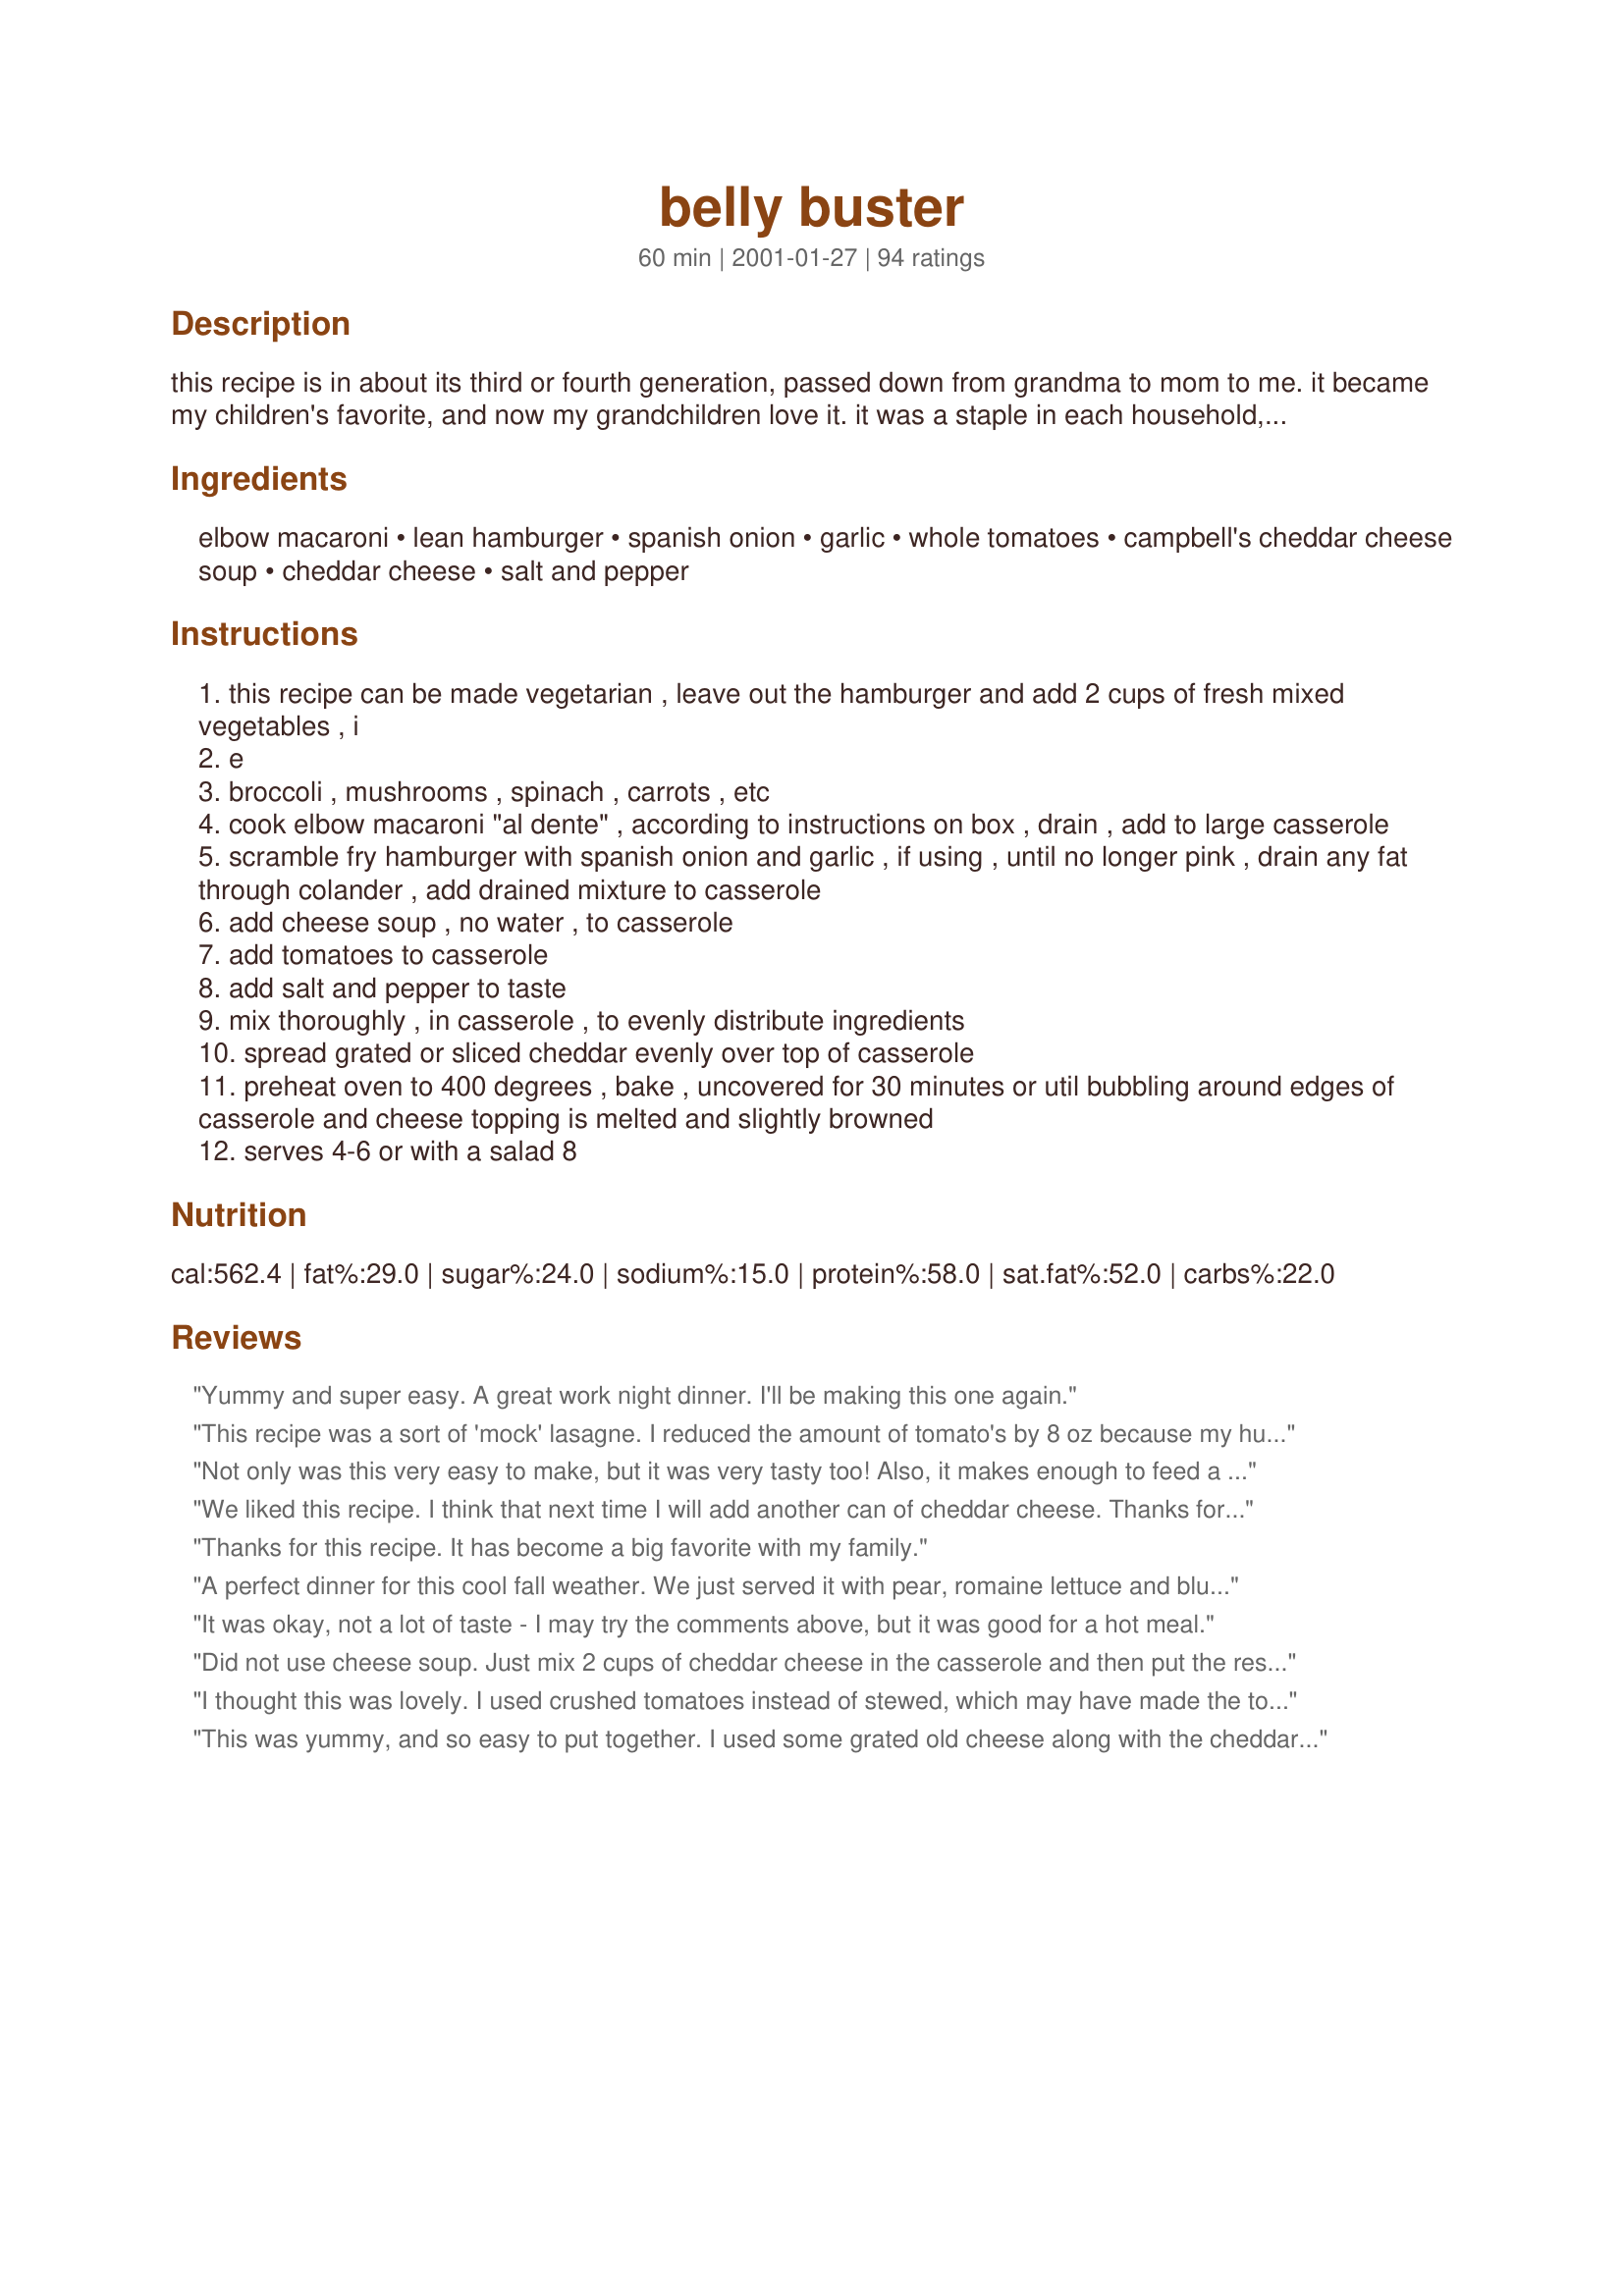
belly buster
Preparation time: 60 minutes

this recipe is in about its third or fourth generation, passed down from grandma to mom to me. it became my children's favorite, and now my grandchildren love it. it was a staple in each household, with or without the hamburger. the children named it

Ingredients:
elbow macaroni, lean hamburger, spanish onion, garlic, whole tomatoes, campbell's cheddar cheese soup, cheddar cheese, salt and pepper

Steps:
this recipe can be made vegetarian , leave out the hamburger and add 2 cups of fresh mixed vegetables , i
e
broccoli , mushrooms , spinach , carrots , etc
cook elbow macaroni "al dente" , according to instructions on box , drain , add to large casserole
scramble fry hamburger with spanish onion and garlic , if using , until no longer pink , drain any fat through colander , add drained mixture to casserole
add cheese soup , no water , to casserole
add tomatoes to casserole
add salt and pepper to taste
mix thoroughly , in casserole , to evenly distribute ingredients
spread grated or sliced cheddar evenly over top of casserole
preheat oven to 400 degrees , bake , uncovered for 30 minutes or util bubbling around edges of casserole and cheese topping is melted and slightly browned
serves 4-6 or with a salad 8

Reviews:
Yummy and super easy. A great work night dinner. I'll be making this one again.
This recipe was a sort of 'mock' lasagne. I reduced the amount of tomato's by 8 oz because my husband is sensitive to them. I added a can of olives, and some parmessan cheese. I added some shredded jack cheese in with the meat, onions, etc. Then I cooked the casserole for 20 minutes, then added slices of White American cheese on the top, and cooked it for an additional 10 minutes so the cheese could melt. All in all, it passed the 'family test'. Thank you! 
 Lea Evans
Not only was this very easy to make, but it was very tasty too! Also, it makes enough to feed a small army! You can't beat that! We'll definately be having this again!
We liked this recipe. I think that next time I will add another can of cheddar cheese. Thanks for sharing.
Thanks for this recipe. It has become a big favorite with my family.
A perfect dinner for this cool fall weather. We just served it with pear, romaine lettuce and blue cheese salad and Mexican corn. What a treat. Derf, Thank you for posting this yummy recipe.
It was okay, not a lot of taste - I may try the comments above, but it was good for a hot meal.
Did not use cheese soup. Just mix 2 cups of cheddar cheese in the casserole and then put the rest of the cheese on top. Excellent. Plenty to go around. A lot of room to customize. Thank you.
I thought this was lovely. I used crushed tomatoes instead of stewed, which may have made the tomatoe flavour over powering. My husband said it could use a little more pizazz, and suggested I put some Italian Seasoning in next time. I''ll try it with Velveeta instead of cheese soup next time for a stronger flavour.
This was yummy, and so easy to put together. I used some grated old cheese along with the cheddar cheese soup. I used a 19 oz can of Almer Accents tomatoes and a little bit of tomato paste that I had in the freezer. I will definitely make this again. Thanks Derf for a great recipe.
Sounded a lot like my "Hamburger and Macaroni Bake" and even though my family likes that recipe a lot, I am always willing to try new recipes in search of something better. Although a bit different in ingredients, they were equally good. When I asked my kids which one they wanted me to fix from now on they said "both". It was a belly buster--it made a large quantity and they all went back for seconds!
I wasn't sure we were going to like it, but it was so fast and easy, I knew it would get made at some point.

AMAZING! I went back for seconds an hour after dinner because it was just so tasty! I definitely used the onion and garlic (max amounts on both), and then because we didn't have the cheese soup, melted a pound of velveeta in the microwave as substitute. I then also used 2 ~14 oz cans of stewed tomatoes, and topped the casserole with more slices of velveeta (why not - it was open!) This casserole is now on my list of total guilty pleasures, Thank you!
My children love this...the name alone cracks them up ! We have found it makes quite a lot, and the leftovers tend to get kinda starchy and pasty, so we add some salsa or spaghetti sauce when we reheat the next day.
I was so looking forward to having my family enjoy this, but I must say I was extremely disappointed. The one can of soup didn't seem to do much to flavor the elbow noodles enough. I just didn't feel that there was much flavor except for the cheese on top, which was the only part that everyone seemed to enjoy. Sorry Derf, but this one was not a winner in my family.
We used 1 lb of Dreamfield's elbows because they are carb controlled. 2 lbs of hamburger ( we have a big family ). We used 2 Tbsp minced garlic , We used 1/4 C red onion. we used 2 14 oz cans diced tomatoes that were spiced with onion, garlic and oregano. We used 1 10 and 3/4 oz can cream of mushroom soup because its what we had on hand. We used 1/2 Packet mild taco seasoning. We used about 1 C of shredded cheese that we mixed into the soup , taco seasoning and tomato mixture. Then we topped it with what ever amount of cheese it took to cover the casserole ( 9 x 13 ). We mixed the tomatoes , taco seasoning and 1 C shredded cheese in a mixing bowl , we placed the elbows into the casserole dish , then added the hamburger , mixed to combine and added the tomato mixture. We baked it at 350 for 30 minutes.

This was a great quick casserole Thank you :)
Wow, this is a great "Oh crap, I don't know what to make for dinner" meal. It is almost like a homemade hamburger helper. My husband always wants me to make that stuff, but I am not a big fan of the store brand, but I am of this. Instead of whole stewed tomatoes I used a can of diced tomatoes with green chiles. It gave it a slight kick that was extra tasty. Thanks for posting this tasty recipe!
I love your recipes Derf, they are so easy to convert to vegetarian. I used mexi soy crumbles in place of the hamburger, added 1/4 jar of salsa, 1 cup of corn, and jalapeno for some heat. HUGE hit around here. Thanks for this one.
This was ok... It seems to me like a home made version of hamburger helper... Sorry. OTherwise .. It was good.,
 This is the first I have made this super casserole and since you gave several options for the ingredients I will list what I put in it: Whole wheat macaroni, 1 lb hamburger, i spanish onion, 3 cloves garlic 1 14 oz can Italian stewed tomatoes, Campbells Cheddar cheese soup, aged cheddar cheese some sliced and some grated 1 tsp hot pepper flakes. I placed sliced cheese on top with spaces between and then sprinkled grated over the spaces The casserole is excellent. This recipe filled a 9"x13"x2"pan and made 6 Belly buster servings (I have frozen 5).I remember when you posted this (I think it was one of your first recipes) and it hit the top of the charts for weeks -I don't know where all the 5 star reviews went but I know there were at least 100 reviews. well deserved too. Thanks Derf for a great casserole recipe -- posted Apr 11, 2004, 4 members found this helpful

Additional comments _ I made this recipe with chicken and it is equally as good enjoyed by all Thanks again Derf

I made a few changes to this recipe. We don't really care for big chunks of tomatoes so I used a 14oz can of petite diced tomatoes & 8oz can tomato sauce. After mixing everything together to bake I tasted it. It was rather bland & it didn't have enough sauce. I added cayenne pepper, cumin, paprika, a dash of cinnamon, & more salt & pepper. I had a half a jar (7oz) of pizza sauce leftover in the fridge so I threw that in also. It tasted pretty good before I put it in to bake. Once out of the oven I found that the noodles cook even more & were now overdone. (I hate overdone, slimy noodles.) It kind of ruined the whole dish for me. Everybody else thought it tasted ok. I doubt if I will make this dish again.
This was great Dorothy, I've been wanting to make this for a long time but we cant buy the cheddar cheese soup here..well guess what!! I brought a can back with me from my time recently spent in Canada. I used small shell pasta and stewed my own tomatoes, very tasty family meal, thanks for sharing. :)
This was an easy and tasty dinner that all the kids and adults liked. I added the full 4 cups of grated extra sharp cheddar and used a can of diced tomatoes in place of the whole tomatoes. It made a HUGE amount which was good because we were able to fill our bellies to bustin' and still had leftovers for lunch the next day.Great recipe! Thanks!-HK
Good recipe! Added 4 oz of mushrooms, did everything else the same. Next time I won't bake it for 30 minutes, b/c it got a little crunchy around the edge, which was my own fault. :) Thanks for the recipe!
It was O.K.
A true comfort food that is delicious. A great place for kids to start and a budget stretcher too!
This was a simple, easy to follow and tasty recipe. I followed it using all of the recommended ingredients, and overall my family enjoyed it a lot. One person thought it was "bland, but edible"...and then they had thirds! Everyone else said they loved it, and also had seconds and thirds. I will certainly be making this again, but will experiment with other ingredients to add to give it some extra "kick".
Very good. We called our son to take the leftovers. I used a very sharup cheddar to place over the top of the casserole and me and husband really liked that. Thanks for posting.../denise in NH
This was perfect for my DD. We mostly eat vegetarian so I didn't use any meat. I added black beans instead of veggies. I also used onion & garlic powder. It was great! Thank you!
This is fast, easy and great! Thanks!
Quick and Easy!
I am a college student, so I don't have a lot of money to spend on food. I made this recipe because the ingredients were cheap and easy to find and I planned on eating it all week. I loved it! It's delicious, easy to make, easy to reheat, and cheap. The cheese sauce really made it good. I substituted garlic powder for the garlic cloves and used ground turkey instead of ground beef. I will definitely be making this again.

I have a picture tutorial of this recipe on my blog: http://www.dreamindomestic.com/2009/10/12/revamping-recipes-belly-buster/
After reading everyone&#039;s posts, and hearing that some felt this main dish was bland tasting, I decided to kick this dish up a notch, so I used a mild Italian sausage in place of the hamburger, and boy did that really give this main dish lots of flavor. Also when making this... I decreased the elbow macaroni to 12 ounces, and used a 1/4 cup of yellow diced onion, plus I used 1-1/2 teaspoons of jarred minced garlic, also used 1-(14.5 oz.) can of plain/regular diced tomatoes, and 1-(14.5 oz.) can Del Monte Diced Tomatoes with Garlic &amp; Onion (in place of the 28-oz. can of whole tomatoes). After I browned the sausage, onion and garlic, (and draining off any excess grease), I then heated the meat, tomatoes, and soup all together in the same skillet while I cooked the macaroni. And once the soup was incorporated into the meat/tomato mixture, I then added 1-cup of shredded (sharp) cheddar cheese, and stirred till the cheese was all most mixed in, but not completely melted in. After I added the meat/tomato mixture and the macaroni into a 4-quart baking dish, I topped the casserole with 1-cup of the shredded cheese. I loved how the cheese on top the casserole, was a bit crusty after it baked in the oven. I really liked how this main dish turned out, and will make it again, but next time, I will make this using ground beef, probably use stewed tomatoes, and a can of Campbell&#039;s Fiesta Nacho Soup. The possibilities in making this main dish are endless!!
This definately feeds more than six. It was very easy to make, the taste was okay, filling, you can easily add any other ingredients you like. So overall it's a good recipe, you just need to add more ingredients to add more flavor.
We made the vegetarian kind and it was pretty good. The whole family agreed it needed to stay on the dinner rotation list. Thanks for the yummy recipe!
Made this for dinner tonight. My family loved it. The only thing I did different was to add garlic powder to the finished product.
Thank you for the recipe.
I've made this recipe at least two dozen times. Simple and delicious! Its my toddler's favorite dish and my husband loves it too! It tastes similar to Hamburger Helper, only a lot healthier. I use cherry (baby tomatoes) and cut them in half (so they don't explode when you poke your fork into them), instead of stewed tomatoes. I find it tastes fresher! This recipe is worth giving a try, especially if you have picky eaters!
Wow,this is even better than I expected.I am so tired of the same old Goulash dish.I think the tomato soup in most of those recipes is the culprit.Even though this recipe has most of the same ingredients it is excellent.I love the tomatoes in this,it is so much better than soup.
I only had about 1 cup of shredded cheese and it was plenty.This is a keeper for sure.
Very easy, very tasty recipe. These are the changes I made: left out the onion and garlic ( I didn't have any on hand) I used a can of diced tomatoes with oregano and basil, and I added two cans of cheese soup rather than one. It made a LOT. Which was great, its given me and dh lunch for a few days. Thanks for the post!
I tried the casserole with broccoli cheese soup. I think it added to the recipe.
I couldn't agree more; it has always been a favorite of my family.
I used Monterrey Jack and Sharp Cheddar cheese and an little more garlic in the dish. It gave it a much improved taste and I sprinkled a tablespoon of dill over top and melted it in with the cheeses. Yummy!
My oldest son at it but my little one wouldn't. I used fresh tomatoes instead of canned and I added grated cheese in with the cheese soup because it seemed very dry while mixing. It also seemed to need some type of seasoning or something because it was very bland.
Unfortunately, my kids didn't really like it. The adults did though. It is easy and good. I am going to try it again (2-3 times) and see if it was just the kids' moods that day. We really thought it was yummy.
We thought this recipe was better then some of the other reviews that were given. But I fixed it using 12 ozs of REAL CHEDDER CHEESE grated.
This is a great dish to make with things probably already in the pantry, and its easy to make. Great comfort food. We found it was a little bland, and not really enough of the sauce to cover the noodles. The best bites were those with the cheese topping. Maybe a shallower dish would give more cheesy topped bites per serving for next time. Definitely not a bad dish, maybe didn't suit our tastes well.
I made this last night for dinner for the family. It was extremely easy to make and tasted great. This is definitely becoming a family favorite. I made the incorrect assumption that there would be enough left over for me to bring some to work for lunch today. I didn't realize how much my brother could eat until I watched him go back for 3rds.
I thought it was a bit boring. Instead of the cheese soup, i made a sauce from velveeta, chicken broth and hotsauce. Also, i used a can of chili-ready diced tomatoes. I think ill add salsa and another can of chili-ready next time. If i had jalapenos, i wouldve added them. I wish i could think of more STUFF to put in this! This has some potential to be a college kid's dream recipe. Ill try this again. Thanks for posting!
We will make this again. It was enjoyed by all. I just added some velvetta cheese sauce with jalapenoes in it and I added 1/4 c Salsa. Excellent thank you!
This was easy and cheap and filling, but it was also extremely bland. We did sub cheese for the cheese soup (as canned soup is too salty for us), but this was so very bland that I think I may try it with the soup and see how that goes (maybe a flavored cheeses soup, like fiesta?). DH (who was cooking tonight) accidentally added too much pasta, which may have contributed, though he also added some more tomatoes and cheese to make up for it. Overall, it was a good, easy, hot dinner. The recipe seems very tweakable, so I'm sure it'll become a regular cold-weather weeknight supper dish. I would recommend this recipe, but I'd also suggest adding some seasoning of some sort, though--Italian herbs, taco spice, chili powder, or something--to give it a little more flavor. Also, a tip: it really doesn't work too well to mix it in the casserole--it's much easier just to mix it in the pot after draining the noodles. Thanks, Derf!
Left my belly busted! Good recipe. Will make again.
I made this tonight for my family. They loved it. I added a teaspoon of Red Wine Vinegar and used diced tomatoes with Italian seasoning. We added sour cream to our bowls and plenty of salt and pepper. All in All, it was pretty good.
This was a disappointment. We have always made a similar recipe but without the cheese soup. With real cheese on top instead.
I prepared this dish for Derf's Cook-a-Thon and the family just loved this dish! DH, DD and grandkids cleaned their plates and there was just enough left over for lunches the next day. I tried to be true to the recipe. My changes/substitions include using white onion instead of Spanish onion as that is what I had on hand. Also, I used a 26 oz. can of prepared pasta sauce instead of canned tomatoes because the kids won't eat chunks of tomatoes (how sad is that)! This made an awesome dinner served with a tossed green salad and garlic toast. I'll be making this time and time again. Thank you Derf for this super family-friendly dish!
All I can here is "MMMMMMMM....Goooood"!!!! This was a hit.....no leftovers tho!!! lol
This was delicious.DH mate it and said it was easy to follow.he used about 3/4 of a 375g box of whole wheat macaroni, 1 lb of extra lean hamburg and a can of diced tomatoes. Followed recipe and this was a hit. Thanks
This dish is really delicious! In Maine, where I live, they would call this American Chop Suey, except this has the cheddar cheese.
My family loved it! I added 1 diced green pepper and used the double twirled Celentanni pasta.
I also put 8 oz. of white sharp cheddar in the casserole and 8 oz. on the top and 2 lbs. of meat.
This would also be good with sausage, ham, pepperoni or a mix.
Thanks, Derf, this was a real winner!
Easy and good. Tastes even better the next day!
I've made this recipe a few times and I think it is a great recipe. I use this recipe as a base and add whatever other ingredients I may have such as kidney beans, italian sausage, taco seasoning, etc. Very easy and very tasty
This was very good - although I did not use the entire amount of macaroni recommended. Used Del Monte Italian Recipe stewed tomatos for flavor - turned out great with italian bread, salad. Might use a bit more spice next time - but great overall.
My family liked this recipe. I don't understand what it is about this simple meal that makes you want to keep eating it. The ingredients are rather boring, and it doesn't jump out and hit you with flavor, but it really is addictive! Excellent comfort food I think. Instead of the soup I used 1/2 c. water microwaved with enough Velveeta to give it a soupy consistency. The dish reminded me of a cross between spaghetti and mac and cheese.
This was a huge dissapointment...even added an extra can of soup, but that did nothing for the flavor...very bland. Also, had way too many noodles.
I respect your family's recipe and I am very appreciative that you posted it to share with others. However, in my honest opinion I think this recipe lacked flavor. I tried adding spice to tinker with it without luck. Sorry.
holy cow! wow! this recipe is so awesome! comfort food at it's finest for me! you know, it was almost like a baked goulash! i added a bell pepper, used fiesta cheddar cheese soup, used 2 cups of cheddar inside the casserole and about 3 cups ontop of the casserole...;) loved, loved, loved it!!! will make many more times! next time, i think i'll brown 1 lbs. bacon, crumble it up and add it to the mix...;) thanks derf for such a yummy keeper!
Mom made this for us as kids. I do not add the can of cheddar soup... But thanks for the post!
This is a great "add-to" recipe. It was wonderful as is, but I will be trying it with additions of pepper, or olives I think, and maybe using sausage or a mix of both. Thanks!
We really liked this! I was looking for a recipe that would feed an army of kids -- from 6 year olds to teenagers, and this one fit the bill. It was very easy to make, as the directions were right on the money, and it was economical too. But the best part was the fact that every single kid in my house (including their friends) came back for 2nds!! They cleaned their plates until there was nothing left for me to take to work for lunch the next day! I personally liked the addition of the cheddar cheese soup because I thought it made the sauce more creamy instead of lumpy like shredded cheddar would do as it cooked. It also seemed to flavor the macaroni better than most baked macaroni and beef casseroles. Thank you for this keeper, Derf! Me being a single Mom of many will be making this many, many more times!
This dish was suprisingly and pleasantly alot more tastey then the finished dish appeared to be. It was a great hit with the family - and with 3 boys (age range from 4 to 13) that is quite an accomplishment!!
This has a TON of possibilities! I made it just as directed since it was my first time trying it and though my family and I really liked it we thought we would change a few things next time...and OH YEAH!, there will be a next time. ^_^ We would like the sauce to be creamier and for it to have a little more...umm..zip.. The hubbs actually added some yellow mustard to his portion and it was really good...ideas ideas.. Thank you for the great recipe! I can't wait to customize it! PS We LOVE the name!
This was really easy and quick and YUMMY. I am a big pasta lover and this hit the spot. I did use diced italian style tomatoes. Made enough to feed my family of four two nights in a row! YEAH!
This was good! Everyone in the family liked it. (My picky one even gobbled it up fast & wanted seconds!) I did mix in some shredded cheddar cheese in the casserole & used 2 cans of cheddar soup b/c it looked like it needed it. Next time I'll just use 1 can like the recipe stated & maby toss in some mushrooms as well. Oh- and I topped mine with sliced sandwich cheese (was working with what I had on hand) and it worked out great.
It was ok.The cheese soup didn't seem to add much flavor.I will try and different soup next time and stir cheese into the cassarol as well as on top.
This was good - not great - but good. I took another's suggestion on using Cheddar Fiesta soup. When I mixed it together, one can of soup didn't go very far. So I also added the cheddar soup as the recipe calls for. I, too, felt like it was a little bland.
Very simple to make, I like easy! Overall tasted a little plain, used mild cheddar in the mix and topped it with sharp. Also added onion powder and garlic powder to our plates after it was cooked to add some flavor. Next time will maybe try either the soup or velveta as others suggested. Kids arnt real big on tomatoes, but they ate it anyway! DH had seconds......so did I.
This is a very good comfort food. This was supposed to be one of those dishes "for the kids" but mommy and daddy loved it too. My 16 month old gobbled it down with plenty of mmmm's all along the way. A definite family pleaser, thanks Derf!
yummy! Will definitely make this one again! I just added some Lawry's to the hamburger when cooking it - otherwise followed to a "T" and was fantastic! Thanks!
Fabulous! Simplicity and flavor at its best. This recipe reminds me of cheeseburger hamburger helper, but tastes 100% better. I could not find cheddar cheese soup, so I subbed with Ragu's cheddar cheese sauce (similar to the cheese sauce you make for mac & cheese). It was a good sized jar, so I poured the remainder over the top of the casserole rather than using grated cheese or slices. This makes a lot and is very filling. Great for budget cooks and big families. Also, this recipe would be great for a potluck or for a family that tends to have extra kids eat with them. Thanks Derf!
I made this for a group of teen girls who all went back for seconds! I used Southwest Pepper Jack Soup by Campbells and Velveeta because that I had that, I doubled the recipe and it made enough to fill 2 casserolles, I froze one for later. LOTS of salt and pepper, I thought this was very tasty.
I have made a recipe like this for years, but didn't use the soup, I added more cheese to the mixture and added a can of Chili with or without the beans, used plenty of cheese on top also. My teen-agers loved it. And it too was great warmed up the next day if any was left over.
This is just like my mom's Ghoulash except the addition of the cheese soup. 
The soup changes it quite a bit.
Very Delicious, the name suits it well!
I purposely made this bland for my youngest. He is a VERY picky eater. And he loved it! Instead on the canned soup, I used some cheddarella. For the adults in the house, to kick up the flavor a bit, we added some salsa to it. Thanks so much, Derf. A definite keeper.
This is a great recipe. I made it with diced tomatoes & added a little Italian spice. This is a good, filling meal. Thanks.
This was good! Very easy and inexpensive. My husband loves these kind of recipes so it is nice to have several in the recipe box to choose from. Thanks Derf!
This was very nice, I made it pretty much as directed, but since I try to sneak pureed veggies into my kids meals, I added with success 1/2 cup of pureed cauliflower, 1/4 cup of pumkin, and 1/4 cup of yellow squash, and my childrem and I gobbled it down...Thank you
WOW. This wa a true comfort food. We had it this weekend and I can't wait to try it again when it gets really cold. This was so easy to prepare and everyone really enjoyed it. Next time, and their will be a next time, I'm going to add some veggies to this. Thanks so much for sharing. Prepared for PAC Fall/2008.
Loved how easy and delicious this recipe was! We will definitely be having this again, it went down a storm and made excellent leftovers for lunch the next day!
One word: YUM! 

This was absolutely delicious - and as advertised, very filling! For the most part I followed the recipe as it was given. I used approx. 1.25 pounds of hamburger and added bread crumbs spirinkled with olive oil to the top. This gave it an extra crispy, extra yummy topping. 

Next time I will add some hot links and perhaps some bell peppers. 

This is definitely a great recipe and can be used as a base for many meals! 

Thank you for sharing.
Good, basic, family pleaser. The recipe was very easy to follow, and the dish easy to prepare (though it did make alot of dirty dishes!) The meal went together quickly & was enjoyed by all. I will be making it again for sure! Thanks for posting.
The Kids Liked It. I cut down on the tomato chunks and used a little tomato sauce instead (because the kids would never eat tomatos). I think that next time I will try using nacho cheese soup and some different cheeses.
This is not a meal my family enjoyed. The tomato was a bit much for them, and it lacked flavor. However, they never say "no" to cheese!
This was really good, Dorothy! Because I like my food a little spicey, and because several commented that it was bland, I decided to replace half of the tomatoes with medium salsa to give it some zip. I used real cheddar cheese--sharp. I will definitely make this again. Thanks!
We really enjoyed this dish. It has a good flavor, but next time, I will use crushed or diced tomatoes instead of whole ones, and will probably use more of them (DH really enjoys tomatoes!). Thanks for a keeper.
I'd probably give it 4.5 if possible. DH didn't care for it, but he's picky. I liked the change. The kids on the other hand, ate every last smidgen in their bowls - even my picky no-burger-meat eater!!! Thanks for a quick and easy alternative to our traditional mac and cheese or baked spaghetti.
My family loved it! It isn't the most "gourmet" looking thing, but it was very yummy. I might add a couple squirts of tabasco to give it a little kick. Very good.
This was pretty good and not as bland as some of the other reviewers made it out to be but I did make a few minor changes due to ingredients on hand! I used 1 box of elbow macaroni, one 14 oz can of stewed tomatoes, one 14 oz can of diced tomatoes, about 1.5 tbsp garlic you get from a jar, 1lb ground beef, onion powder, a can of pepper jack cheese soup, and shredded cheddar on top. It could use a little bit more spice but the guys still ate it up! Next time I might try another users suggestion of hormel no bean chili instead of ground beef even though it is terrible for the body!
